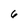
Character: 6